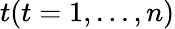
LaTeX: t(t=1,...,n)